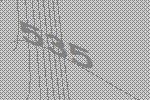
535